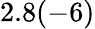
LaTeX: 2.8(-6)